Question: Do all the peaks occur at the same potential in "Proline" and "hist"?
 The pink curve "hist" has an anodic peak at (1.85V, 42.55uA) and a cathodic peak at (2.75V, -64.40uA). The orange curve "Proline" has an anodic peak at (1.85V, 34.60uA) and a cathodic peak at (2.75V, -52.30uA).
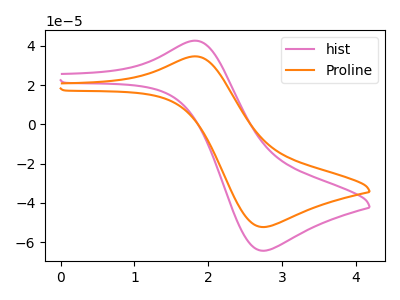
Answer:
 <answer>Yes, "Proline" have a peak in "hist" at the same potential.</answer>
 <eval>match</eval>